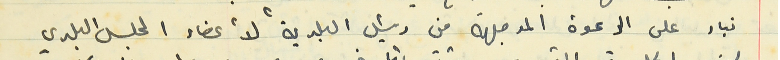
بناء على الدعوة الموجهة من رئيس البلدية لأعضاء المجلس البلدي